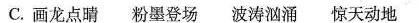
C.画龙点睛 粉墨登场 波涛汹涌 惊天动地